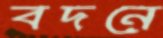
বদনে